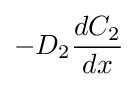
-D_{2}{\frac {dC_{2}}{dx}}